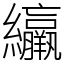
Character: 䌴